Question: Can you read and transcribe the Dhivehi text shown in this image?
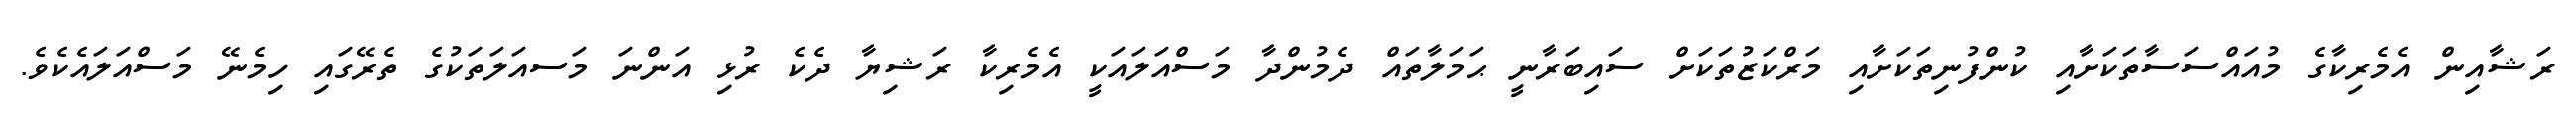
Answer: ރަޝާއިން އެމެރިކާގެ މުއައްސަސާތަކަށާއި ކުންފުނިތަކަށާއި މަރްކަޒުތަކަށް ސައިބަރާނީ ޙަމަލާތައް ދެމުންދާ މަސްއަލައަކީ އެމެރިކާ ރަޝިޔާ ދެކެ ރުޅި އަންނަ މަސއަލަތަކުގެ ތެރޭގައި ހިމެނޭ މަސްއަލައެކެވެ.